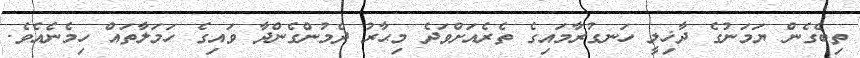
ތިބެގެން ޔަމަނުގެ ދާޚިލީ ހަނގުރާމައިގެ ތެރެއަށްވަދެ މިޙާރު ދެމުންގެންދާ ވައިގެ ހަމަލާތައް ހިމެނެއެވެ.